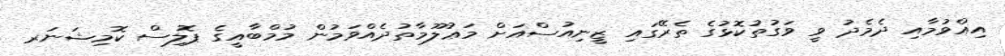
އިއްވުމާއި ދެމެދު ވީ ވަގުތުކޮޅުގެ ތެރޭގައި ޒީނިއުސްއަށް މަޢުލޫމާތުދެއްވަމުން މުމްބާއީގެ ޕޮލިސް ކޮމިޝަނަރ